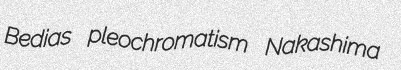
Bedias pleochromatism Nakashima